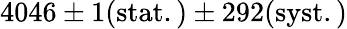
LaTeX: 4046\pm 1\mathrm{{(stat.)}\pm 292\mathrm{{(syst.)}}}